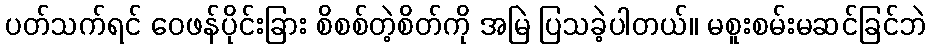
ပတ်သက်ရင် ဝေဖန်ပိုင်းခြား စိစစ်တဲ့စိတ်ကို အမြဲ ပြသခဲ့ပါတယ်။ မစူးစမ်းမဆင်ခြင်ဘဲ